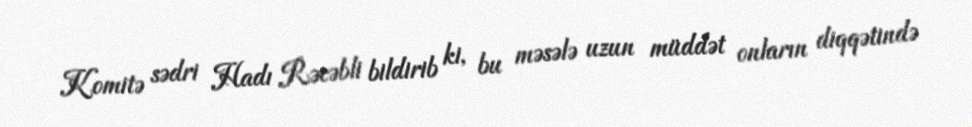
Komitə sədri Hadı Rəcəbli bildirib ki, bu məsələ uzun müddət onların diqqətində